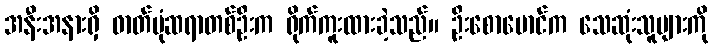
အနီးအနားရှိ ဓာတ်ပုံဆရာတစ်ဦးက ရိုက်ကူးထားခဲ့သည်။ ဦးစောမောင်က သေဆုံးသူများကို